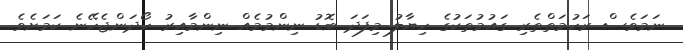
ނަމަވެސް ރަހުމަތްތެރި ގައުމުތަކުގެ ހިޔާލު މިފަދަ ބޮޑު ނިންމުމެއް ނިންމާއިރު ހޯދަންޖެހޭނެ ކަމަށެވެ.